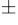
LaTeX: ^\pm